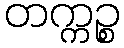
တက္ကဉ္စ